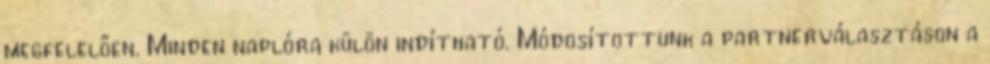
megfelelően. Minden naplóra külön indítható. Módosítottunk a partnerválasztáson a